Leaving Certificate Examination, 1925
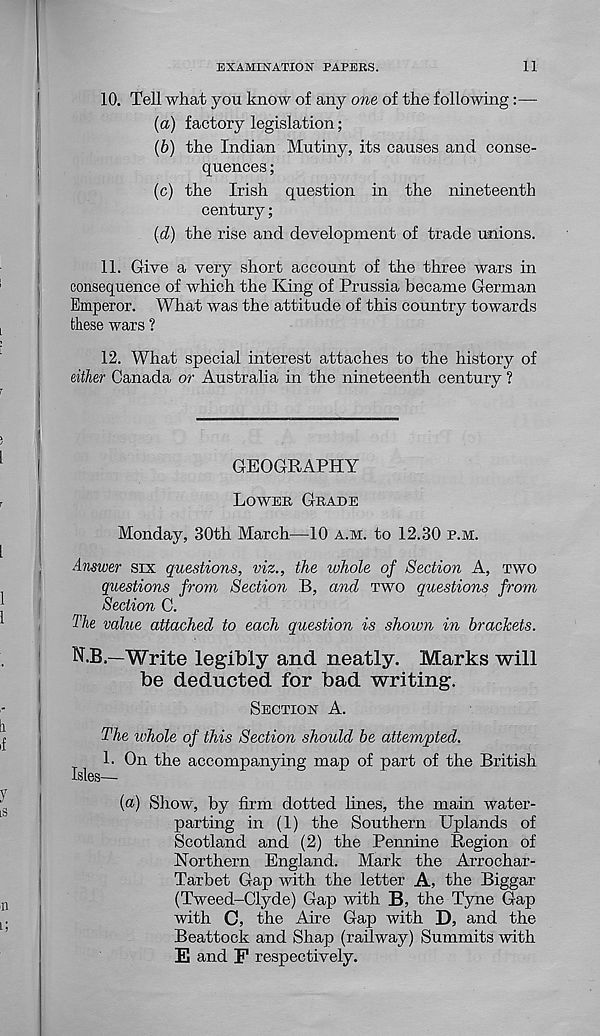
EXAMINATION PAPERS.
11
10. Tell what you know of any one of the following:—-
(а) factory legislation;
(б) the Indian Mutiny, its causes and conse-
quences ;
(c) the Irish question in the nineteenth
century;
(d) the rise and development of trade unions.
11. Give a very short account of the three wars in
consequence of which the Kang of Prussia became German
Emperor. What was the attitude of this country towards
these wars ?
12. What special interest attaches to the history of
either Canada or Australia in the nineteenth century ?
GEOGRAPHY
LOWER GRADE
Monday, 30th March—10 A.M. to 12.30 P.M.
Answer six questions, viz., the whole of Section A, TWO
questions from Section B, and TWO questions from
Section C.
The value attached to each question is shoivn in brackets.
N.B.—Write legibly and neatly. Marks will
be deducted for bad writing.
SECTION A.
The whole of this Section should be attempted.
1. On the accompanying map of part of the British
Isles—
{a) Show, by firm dotted lines, the main water-
parting in (1) the Southern Uplands of
Scotland and (2) the Pennine Region of
Northern England. Mark the Arrochar-
Tarbet Gap with the letter A, the Biggar
(Tweed-Clyde) Gap with B, the Tyne Gap
with C, the Aire Gap with D, and the
Beattock and Shap (railway) Summits with
E and F respectively.